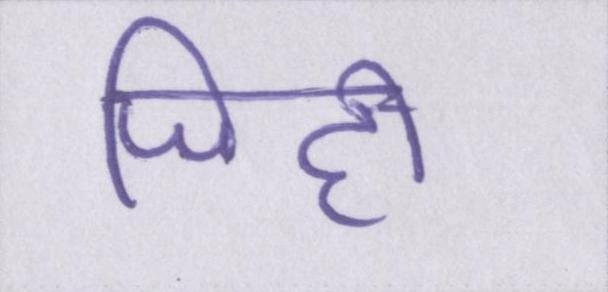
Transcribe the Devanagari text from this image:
जिद्दी